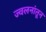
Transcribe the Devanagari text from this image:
ज्वलनांतून